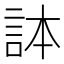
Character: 𧦹